Civil Veterinary Dept. Bombay admin report 1907-1913 - 1907-1913
Year: 1907
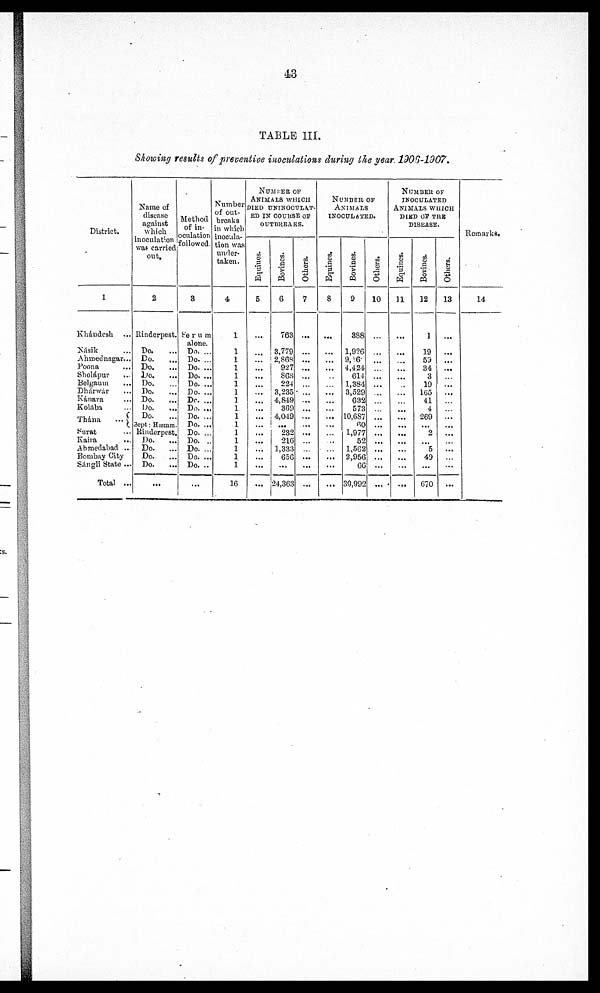
43
TABLE III.
Showing results of preventive inoculations during the year 1906-1907.
District.
1
Khándesh ...
Násik ...
Ahmednagar ...
Poona ...
Sholápur ...
Belgaum ...
Dhárwár ...
Kánara ...
Kolába
Thána
...
Surat ...
Kaira ...
Ahmedabad ...
Bombay City
Sángli State ...
Total ...
Name of
disease
against
which
inoculation
was carried
out.
2
Rinderpest.
Do.
Do.
Do.
...
Do.
...
Do.
Do.
Do.
Do.
Do.
Dept : Hæmm.
Rinderpest.
Do.
...
Do.
...
Do.
...
Do.
...
Method
of in-
oculation
followed.
3
Serum
alone.
Do. ...
Do. ...
Do. ...
Do. ...
Do. ...
Do. ...
Dr. ...
Do. ...
Do. ...
Do. ...
Do. ..
Do. ...
Do. ...
Do. ...
Do. ..
...
Number
of out-
breaks
in which
inocula-
tion was
under-
taken.
4
1
1
1
1
1
1
1
1
1
1
1
1
1
1
1
1
16
NUMBER OF
ANIMALS WHICH
DIED UNINOCULATE-
-- IN COURSE OF
OUTBREAKS.
Equines.
5
...
...
...
...
...
...
...
...
...
...
...
...
...
...
...
...
...
...
Bovines.
6
763
...
3,779
2,868
927
868
224
3,235
4,849
369
4,019
... 232
216
1,333
656
...
24,363
Others.
7
...
...
...
...
...
...
...
...
...
...
...
...
...
...
NUMBER OF
ANIMALS
INOCULATED.
Equines.
8
...
...
...
...
...
...
...
...
...
...
...
...
...
...
...
...
...
Bovines.
9
388
1,926
9,46
4,424
614
1,384
3,529
632
573
10,687
60
1,977
52
1.562
2,956
66
39,992
Others.
10
...
...
...
...
...
...
...
...
...
...
...
...
...
...
...
...
...
NUMBER OF
INOCULATED.
ANIMALS WHICH
DIED OF THE
DISEASE.
Equines.
11
...
...
...
...
...
...
...
...
...
...
...
...
...
...
...
...
...
Bovines.
12
1
19
50
34
3
19
165
41
4
269
... 2
...
5
49
...
670
Others.
13
...
...
...
...
...
...
...
...
...
...
...
...
Remarks.
14